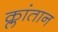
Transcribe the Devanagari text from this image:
क्लांतान